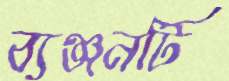
ব্যঞ্জনটি